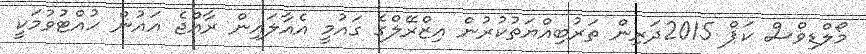
މޯލްޑިވްސް ކަޕް 2015ދަރިން ތަރުބިއްޔަތުކުރުން އިޒްރޭލްގެ ގައުމީ އެއާލައިން ރާއްޖެ އައުން ހުއްޓުވުމަކީ